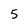
Character: 5